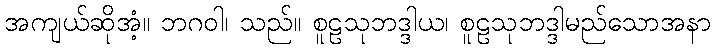
အကျယ်ဆိုအံ့။ ဘဂဝါ၊ သည်။ စူဠသုဘဒ္ဒါယ၊ စူဠသုဘဒ္ဒါမည်သောအနာ